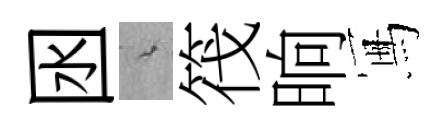
囦綿筏晌冩